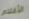
الأقلام